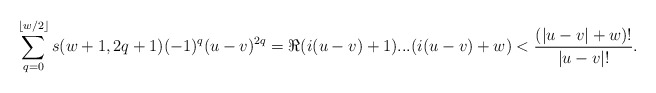
\begin{align*}\sum_{q=0}^{\lfloor w/2\rfloor}s(w+1,2q+1)(-1)^q(u-v)^{2q}=\Re (i(u-v)+1)...(i(u-v)+w)<\frac{(|u-v|+w)!}{|u-v|!}.\end{align*}